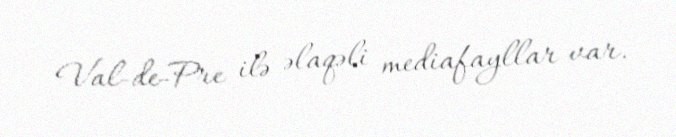
Val-de-Pre ilə əlaqəli mediafayllar var.